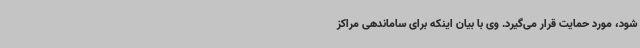
شود، مورد حمایت قرار می‌گیرد. وی با بیان اینکه برای ساماندهی مراکز